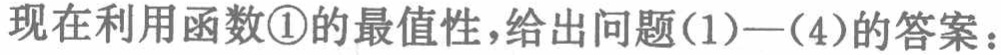
现在利用函数\textcircled{1}的最值性,给出问题(1)—(4)的答案：